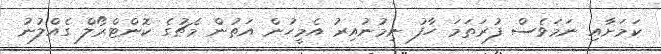
ކަމަށާއި ނަމަވެސް ފުރަތަމަ ހާފު ނިމުނުއިރު އެމީހުން އަތުން މެޗުގެ ކޮންޓްރޯލް ގެއްލުނު